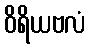
ဝိရိယဗလံ